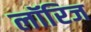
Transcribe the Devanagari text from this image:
लॉरिज